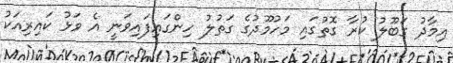
އިމާދު ގަބޫލު ކުރާ ގޮތުގައި މަހުމޫދުގެ ގަތުލު ހިންގައިފައިވަނީ އެ ވަޅު ކައިރިއަކު